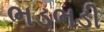
ભડભડી